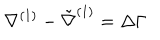
\nabla ^ { ( 1 ) } - \tilde { \nabla } ^ { ( 1 ) } = \Delta \Gamma